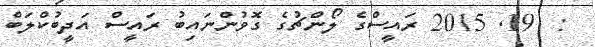
:  19